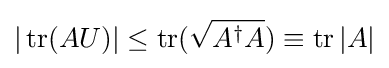
|\operatorname {tr} (AU)|\leq \operatorname {tr} ({\sqrt {A^{\dagger }A}})\equiv \operatorname {tr} |A|